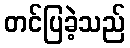
တင်ပြခဲ့သည်